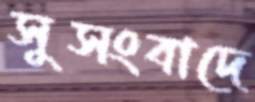
সুসংবাদে